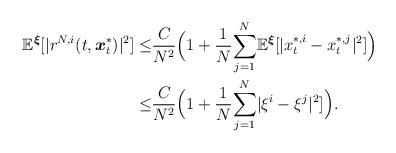
LaTeX: \begin{align*}\begin{aligned}\mathbb{E}^{\boldsymbol{\xi}}[|r^{N,i}(t,\boldsymbol{x}^*_t)|^2]\leq& \frac{C}{N^2}\Big(1+\frac{1}{N}\underset{j=1}{\overset{N}\sum}\mathbb{E}^{\boldsymbol{\xi}}[|x^{*,i}_t-x^{*,j}_t|^2]\Big)\\\leq & \frac{C}{N^2}\Big(1+\frac{1}{N}\underset{j=1}{\overset{N}\sum}|\xi^{i}-\xi^{j}|^2]\Big).\end{aligned}\end{align*}